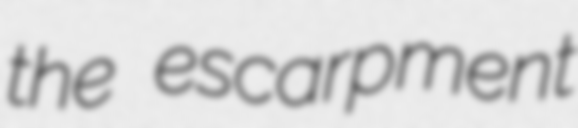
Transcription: the escarpment